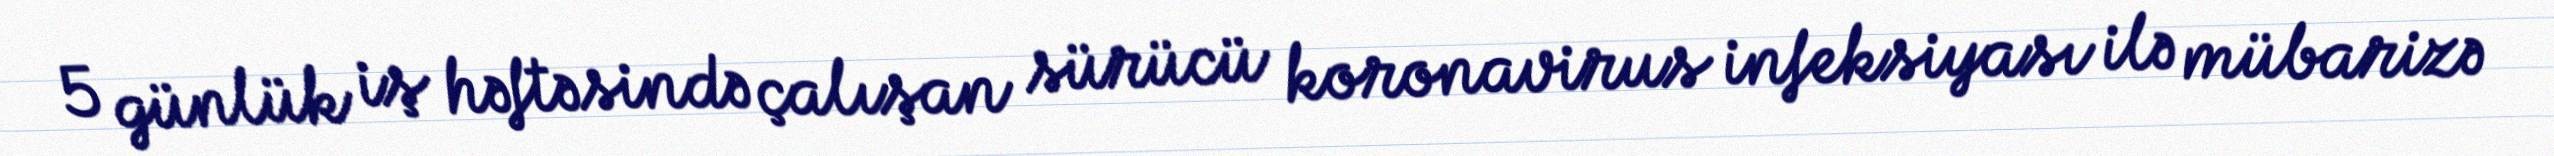
5 günlük iş həftəsində çalışan sürücü koronavirus infeksiyası ilə mübarizə